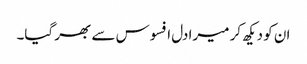
ان کو دیکھ کر میرا دل افسوس سے بھر گیا۔